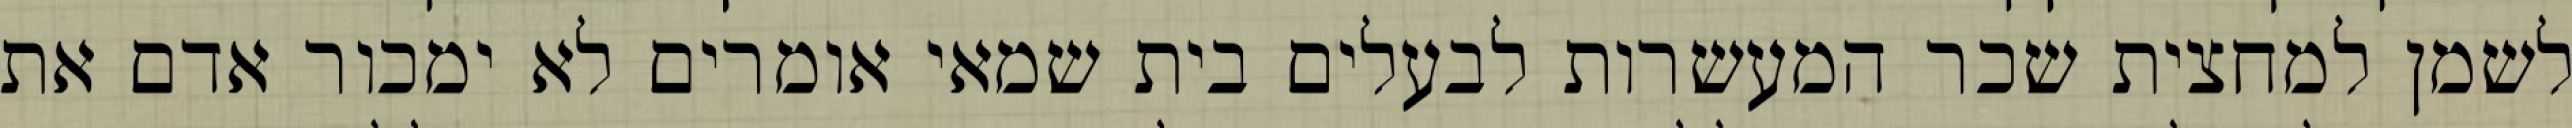
לשמן למחצית שכר המעשרות לבעלים בית שמאי אומרים לא ימכור אדם את